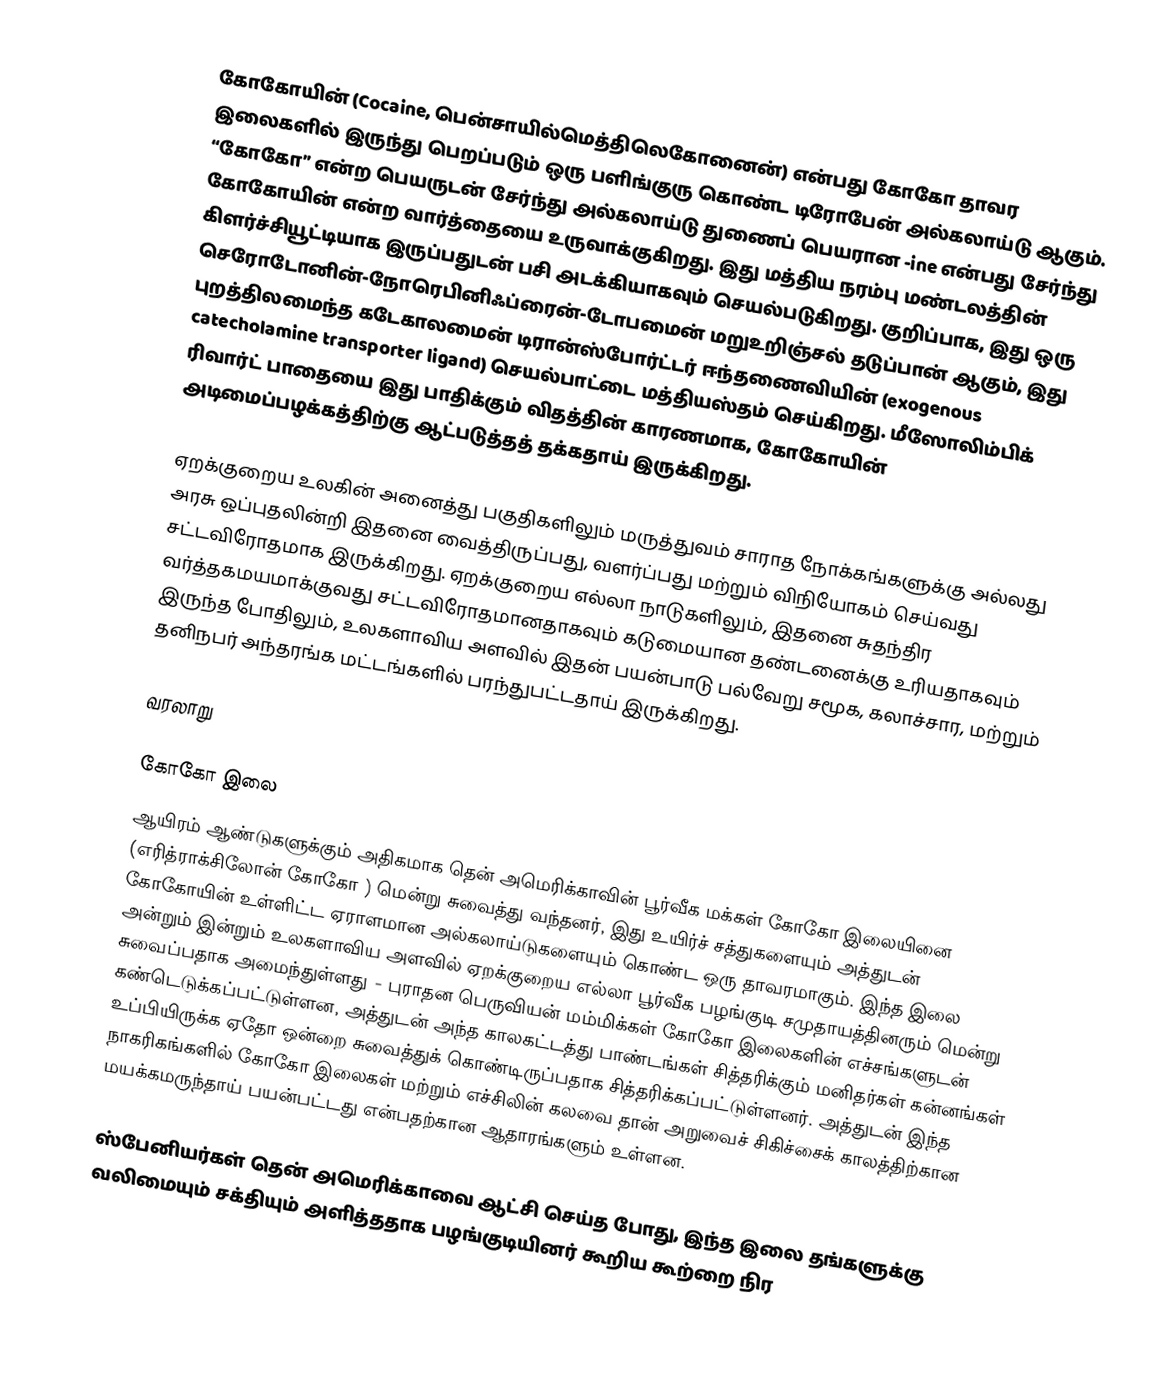
கோகோயின் (Cocaine, பென்சாயில்மெத்திலெகோனைன்) என்பது கோகோ தாவர இலைகளில் இருந்து பெறப்படும் ஒரு பளிங்குரு கொண்ட டிரோபேன் அல்கலாய்டு ஆகும். “கோகோ” என்ற பெயருடன் சேர்ந்து அல்கலாய்டு துணைப் பெயரான -ine என்பது சேர்ந்து கோகோயின் என்ற வார்த்தையை உருவாக்குகிறது. இது மத்திய நரம்பு மண்டலத்தின் கிளர்ச்சியூட்டியாக இருப்பதுடன் பசி அடக்கியாகவும் செயல்படுகிறது. குறிப்பாக, இது ஒரு செரோடோனின்-நோரெபினிஃப்ரைன்-டோபமைன் மறுஉறிஞ்சல் தடுப்பான் ஆகும், இது புறத்திலமைந்த கடேகாலமைன் டிரான்ஸ்போர்ட்டர் ஈந்தணைவியின் (exogenous catecholamine transporter ligand) செயல்பாட்டை மத்தியஸ்தம் செய்கிறது. மீஸோலிம்பிக் ரிவார்ட் பாதையை இது பாதிக்கும் விதத்தின் காரணமாக, கோகோயின் அடிமைப்பழக்கத்திற்கு ஆட்படுத்தத் தக்கதாய் இருக்கிறது.

ஏறக்குறைய உலகின் அனைத்து பகுதிகளிலும் மருத்துவம் சாராத நோக்கங்களுக்கு அல்லது அரசு ஒப்புதலின்றி இதனை வைத்திருப்பது, வளர்ப்பது மற்றும் விநியோகம் செய்வது சட்டவிரோதமாக இருக்கிறது. ஏறக்குறைய எல்லா நாடுகளிலும், இதனை சுதந்திர வர்த்தகமயமாக்குவது சட்டவிரோதமானதாகவும் கடுமையான தண்டனைக்கு உரியதாகவும் இருந்த போதிலும், உலகளாவிய அளவில் இதன் பயன்பாடு பல்வேறு சமூக, கலாச்சார, மற்றும் தனிநபர் அந்தரங்க மட்டங்களில் பரந்துபட்டதாய் இருக்கிறது.

வரலாறு

கோகோ இலை
ஆயிரம் ஆண்டுகளுக்கும் அதிகமாக தென் அமெரிக்காவின் பூர்வீக மக்கள் கோகோ இலையினை (எரித்ராக்சிலோன் கோகோ ) மென்று சுவைத்து வந்தனர், இது உயிர்ச் சத்துகளையும் அத்துடன் கோகோயின் உள்ளிட்ட ஏராளமான அல்கலாய்டுகளையும் கொண்ட ஒரு தாவரமாகும். இந்த இலை அன்றும் இன்றும் உலகளாவிய அளவில் ஏறக்குறைய எல்லா பூர்வீக பழங்குடி சமுதாயத்தினரும் மென்று சுவைப்பதாக அமைந்துள்ளது - புராதன பெருவியன் மம்மிக்கள் கோகோ இலைகளின் எச்சங்களுடன் கண்டெடுக்கப்பட்டுள்ளன, அத்துடன் அந்த காலகட்டத்து பாண்டங்கள் சித்தரிக்கும் மனிதர்கள் கன்னங்கள் உப்பியிருக்க ஏதோ ஒன்றை சுவைத்துக் கொண்டிருப்பதாக சித்தரிக்கப்பட்டுள்ளனர். அத்துடன் இந்த நாகரிகங்களில் கோகோ இலைகள் மற்றும் எச்சிலின் கலவை தான் அறுவைச் சிகிச்சைக் காலத்திற்கான மயக்கமருந்தாய் பயன்பட்டது என்பதற்கான ஆதாரங்களும் உள்ளன.

 ஸ்பேனியர்கள் தென் அமெரிக்காவை ஆட்சி செய்த போது, இந்த இலை தங்களுக்கு வலிமையும் சக்தியும் அளித்ததாக பழங்குடியினர் கூறிய கூற்றை நிர